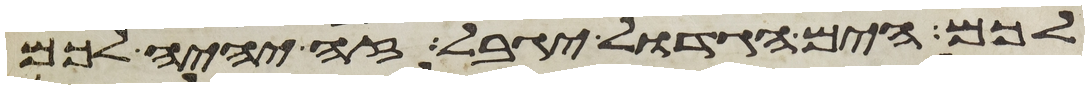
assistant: לכם הים הגדול יגבל זה יהיה לכם